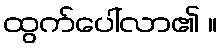
ထွက်ပေါ်လာ၏ ။